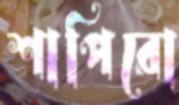
শাপিরো